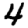
Digit: 4